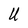
Character: U